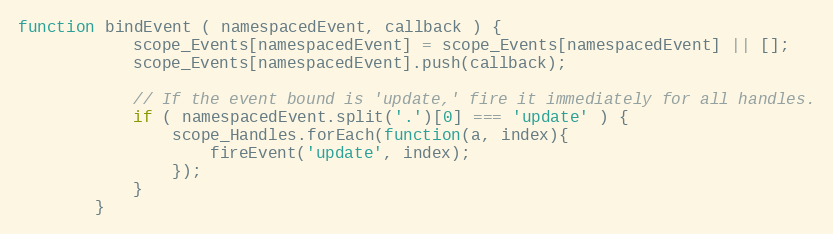
Language: JavaScript
function bindEvent ( namespacedEvent, callback ) {
            scope_Events[namespacedEvent] = scope_Events[namespacedEvent] || [];
            scope_Events[namespacedEvent].push(callback);

            // If the event bound is 'update,' fire it immediately for all handles.
            if ( namespacedEvent.split('.')[0] === 'update' ) {
                scope_Handles.forEach(function(a, index){
                    fireEvent('update', index);
                });
            }
        }